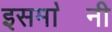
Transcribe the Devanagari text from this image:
इसमा॓नी